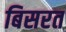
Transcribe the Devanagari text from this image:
बिसरत